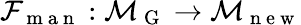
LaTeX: \mathcal{F}_{\mathrm{~m~a~n~}}:\mathcal{M}_{\mathrm{~G~}}\to\mathcal{M}_{\mathrm{~n~e~w~}}